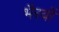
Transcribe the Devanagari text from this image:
भैरवों